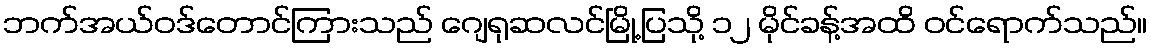
ဘက်အယ်ဝဒ်တောင်ကြားသည် ဂျေရုဆလင်မြို့ပြသို့ ၁၂ မိုင်ခန့်အထိ ဝင်ရောက်သည်။